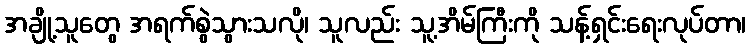
အချို့သူတွေ အရက်စွဲသွားသလို၊ သူလည်း သူ့အိမ်ကြီးကို သန့်ရှင်းရေးလုပ်တာ၊